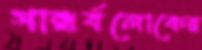
গান্ধর্বলোকের